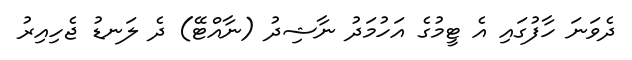
ދެވަނަ ހާފުގައި އެ ޓީމުގެ އަހުމަދު ނާޝިދު (ނާއްޓޭ) ދެ ލަނޑު ޖެހިއިރު